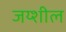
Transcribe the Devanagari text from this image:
जय्शील